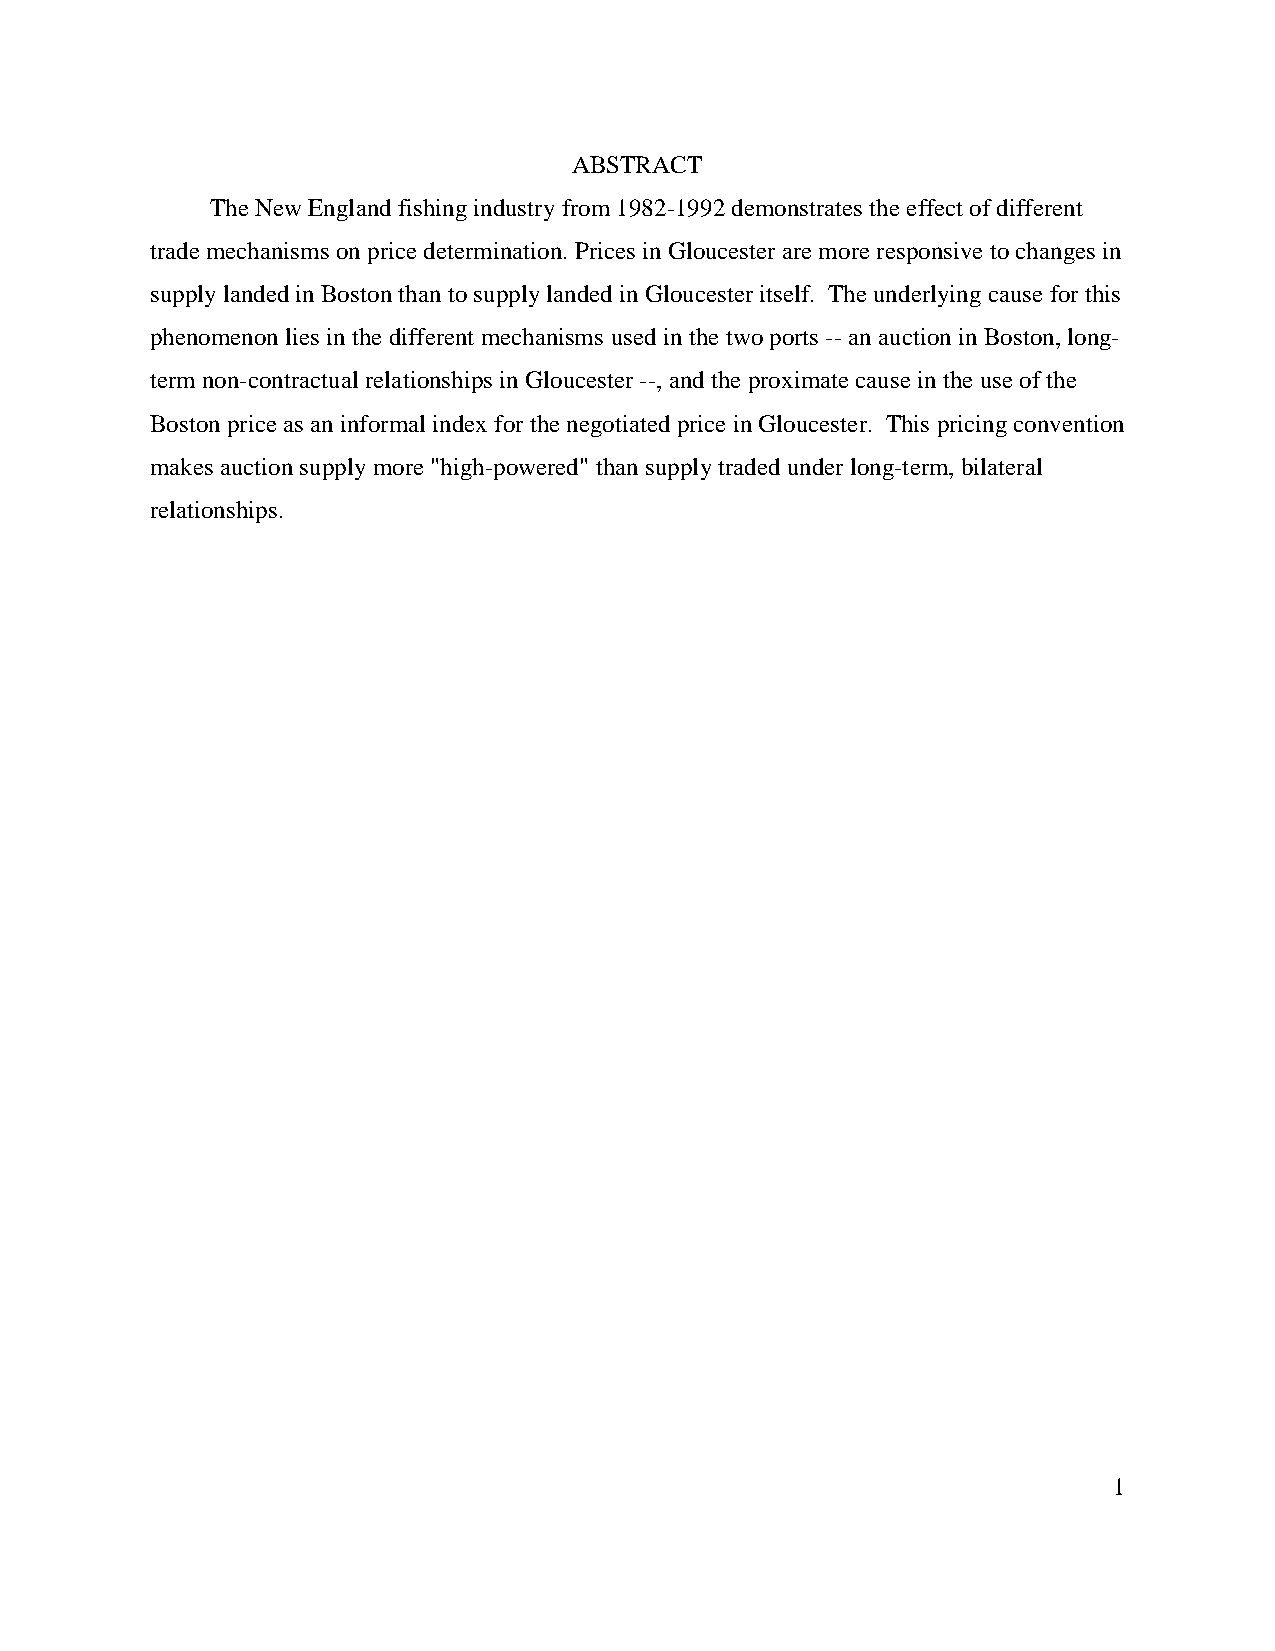
ABSTRACT
 The New England fishing industry from 1982-1992 demonstrates the effect of different
 trade mechanisms on price determination. Prices in Gloucester are more responsive to changes in
 supply landed in Boston than to supply landed in Gloucester itself. The underlying cause for this
 phenomenon lies in the different mechanisms used in the two ports -- an auction in Boston, long-
 term non-contractual relationships in Gloucester --, and the proximate cause in the use of the
 Boston price as an informal index for the negotiated price in Gloucester. This pricing convention
 makes auction supply more "high-powered" than supply traded under long-term, bilateral
 relationships.
 1